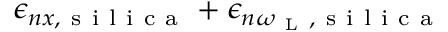
\epsilon _ { n x , \mathrm { ~ s ~ i ~ l ~ i ~ c ~ a ~ } } + \epsilon _ { n \omega _ { \mathrm { ~ L ~ } } , \mathrm { ~ s ~ i ~ l ~ i ~ c ~ a ~ } }